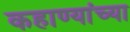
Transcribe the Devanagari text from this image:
कहाण्यांच्या